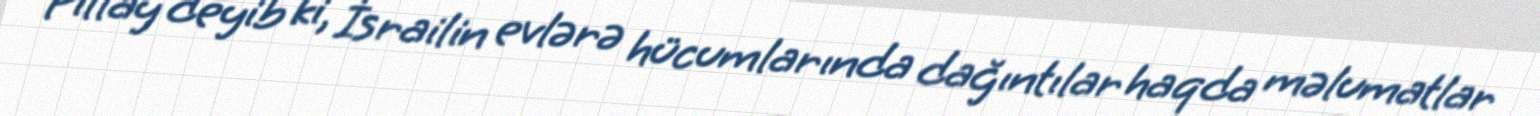
Pillay deyib ki, İsrailin evlərə hücumlarında dağıntılar haqda məlumatlar